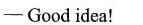
-Good idea!